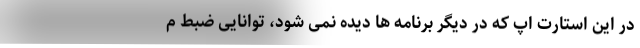
در این استارت اپ که در دیگر برنامه ها دیده نمی شود، توانایی ضبط م